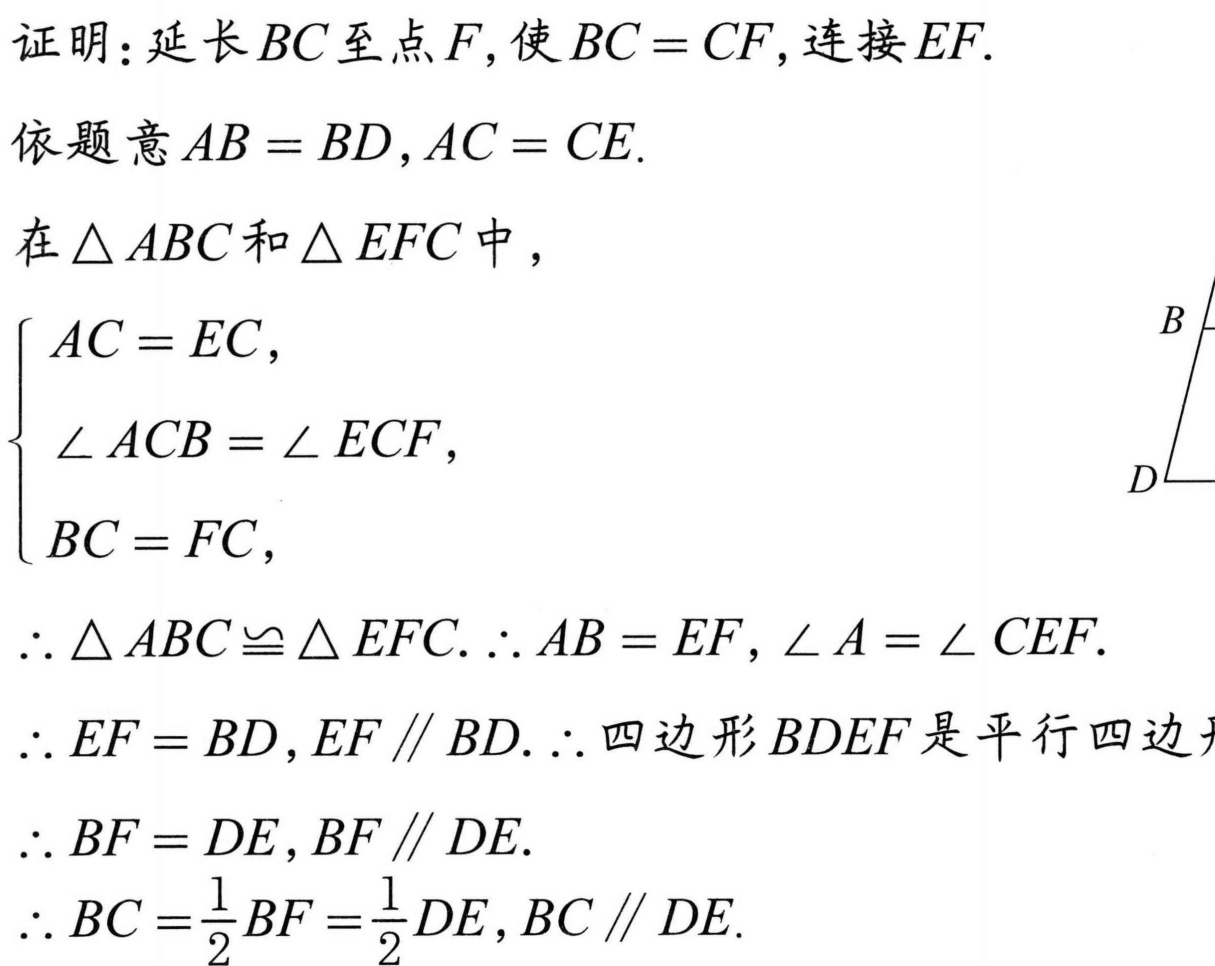
证明：延长 \(BC\)至点\(F\)，使\(BC = CF\)，连接\(EF\).
依题意\(AB = BD\)，\(AC = CE\).
在\(\triangle ABC\)和\(\triangle EFC\)中，
\(\begin{cases}
AC = EC,\\
\angle ACB=\angle ECF,\\
BC = FC,
\end{cases}\)
\(\therefore\triangle ABC\cong\triangle EFC.\) \(\therefore AB = EF\)，\(\angle A=\angle CEF\).
\(\therefore EF = BD\)，\(EF\parallel BD.\) \(\therefore\)四边形\(BDEF\)是平行四边形
\(\therefore BF = DE\)，\(BF\parallel DE\).
\(\therefore BC=\frac{1}{2}BF=\frac{1}{2}DE\)，\(BC\parallel DE\).